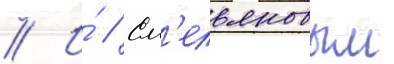
// И́ // Ем'ельяновым